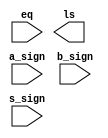
/* 
Mdulo para realizao de comparao entre dois nmeros
signed A e B, devolvendo ls = 1, caso A < B,
dados os bits de sinal de A e B e da subtrao,
alm do sinal de igualdade
 */
module comparator_lt_signed (
  input wire a_sign, b_sign, s_sign, eq, // Entradas de sinal e igualdade
  output wire ls // Sada
);

  assign R = (a_sign & ~b_sign) | (~eq & s_sign) & (~b_sign | a_sign); // Expresso lgica derivada de tabela verdade

endmodule